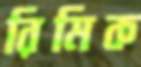
রিমিক